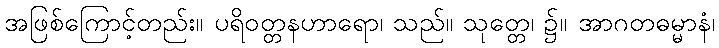
အဖြစ်ကြောင့်တည်း။ ပရိဝတ္တနဟာရော၊ သည်။ သုတ္တေ၊ ၌။ အာဂတဓမ္မာနံ၊